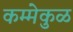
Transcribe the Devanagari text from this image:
कम्मेकुळ